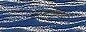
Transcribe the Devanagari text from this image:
परमाणुविदों